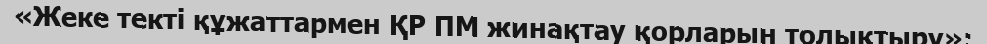
«Жеке текті құжаттармен ҚР ПМ жинақтау қорларын толықтыру»;